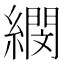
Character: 𦅤